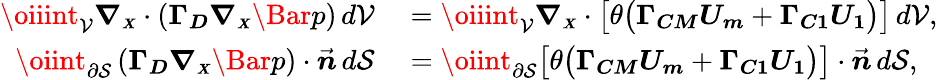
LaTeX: \begin{array}{rl}{\oiiint_{\mathcal{V}}{\boldsymbol{\nabla_{\scriptscriptstyle X}}\cdot\left(\boldsymbol{\Gamma_{D}}\boldsymbol{\nabla_{\scriptscriptstyle X}}\Bar{p}\right)}\, d\mathcal{V}}&{{}=\oiiint_{\mathcal{V}}\boldsymbol{\nabla_{\scriptscriptstyle X}}\cdot\bigl[\theta\bigl(\boldsymbol{\Gamma_{CM}}\boldsymbol{U_{m}}+\boldsymbol{\Gamma_{C1}}\boldsymbol{U_{1}}\bigr)\bigr]\, d\mathcal{V},}\\ {\oiint_{\partial\mathcal{S}}\left(\boldsymbol{\Gamma_{D}}\boldsymbol{\nabla_{\scriptscriptstyle X}}\Bar{p}\right)\cdot\vec{\boldsymbol{n}}\, d\mathcal{S}}&{{}=\oiint_{\partial\mathcal{S}}\bigl[\theta\bigl(\boldsymbol{\Gamma_{CM}}\boldsymbol{U_{m}}+\boldsymbol{\Gamma_{C1}}\boldsymbol{U_{1}}\bigr)\bigr]\cdot\vec{\boldsymbol{n}}\, d\mathcal{S},}\end{array}